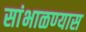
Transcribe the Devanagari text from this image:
सांभाळण्‍यास